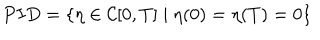
P I D = \{ \eta \in { \cal { C } } [ 0 , T ] \mid \eta ( 0 ) = \eta ( T ) = 0 \}